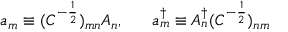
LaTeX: a _ { m } \equiv ( C ^ { - \frac { 1 } { 2 } } ) _ { m n } A _ { n } , \; \; \; \; \; \; a _ { m } ^ { \dagger } \equiv A _ { n } ^ { \dagger } ( C ^ { - \frac { 1 } { 2 } } ) _ { n m }